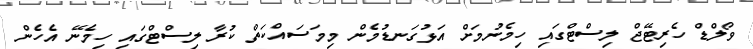
ވޯލްޑް ހެރިޓޭޖް ލިސްޓްގައި ހިމެނުމަށް އަޅުގަނޑުމެން މިމަސައްކަތް ކުރާ ލިސްޓްގައި ހިމެނޭ އެހެން